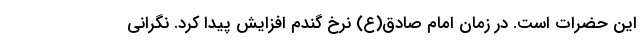
این حضرات است. در زمان امام صادق(ع) نرخ گندم افزایش پیدا کرد. نگرانی